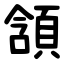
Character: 頷